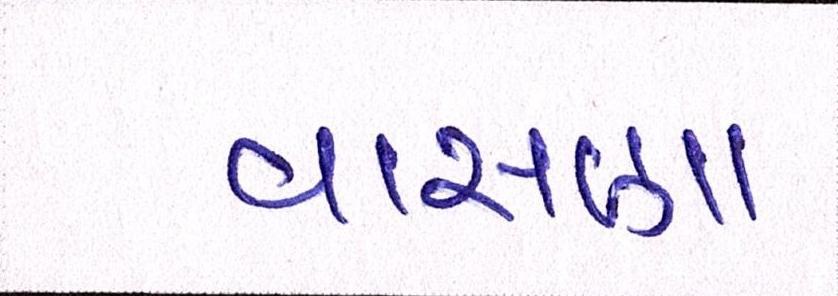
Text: વાસણા